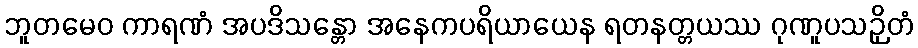
ဘူတမေဝ ကာရဏံ အပဒိသန္တော အနေကပရိယာယေန ရတနတ္တယဿ ဂုဏူပသဉှိတံ